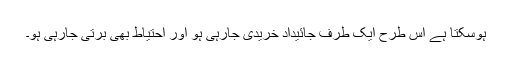
ہوسکتا ہے اس طرح ایک طرف جائیداد خریدی جارہی ہو اور احتیاط بھی برتی جارہی ہو۔